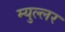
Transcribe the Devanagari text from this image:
म्युल्लर